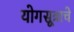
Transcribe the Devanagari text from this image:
योगसूत्राचे